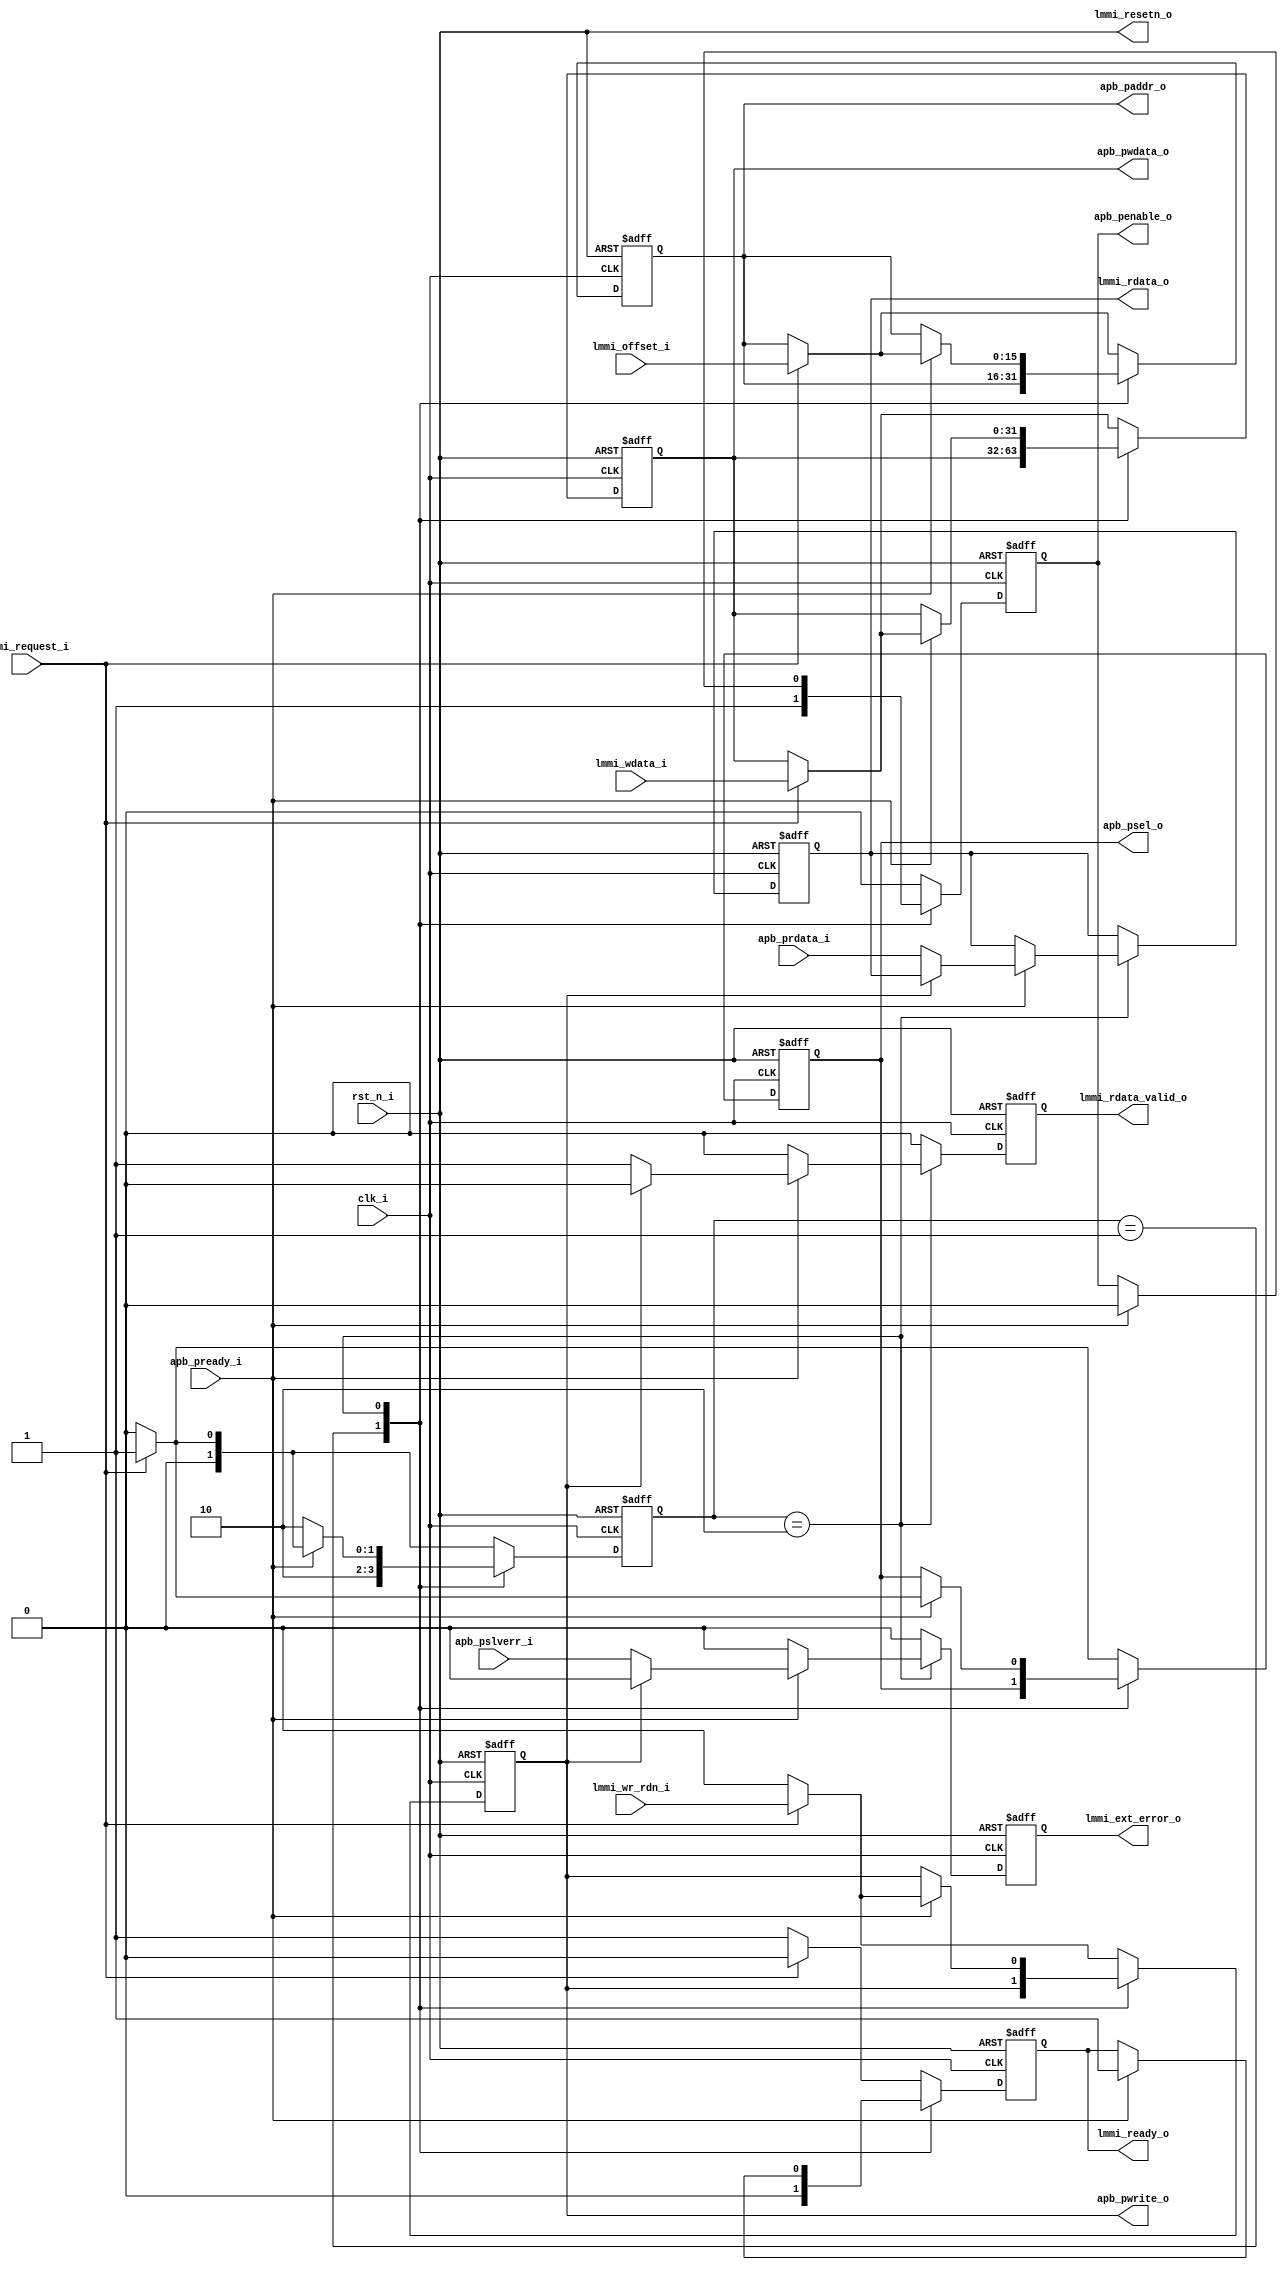
// =============================================================================
// >>>>>>>>>>>>>>>>>>>>>>>>>>>>> COPYRIGHT NOTICE <<<<<<<<<<<<<<<<<<<<<<<<<<<<<<
// -----------------------------------------------------------------------------
//   Copyright (c) 2017 by Lattice Semiconductor Corporation
//   ALL RIGHTS RESERVED
// -----------------------------------------------------------------------------
//
//   Permission:
//
//      Lattice SG Pte. Ltd. grants permission to use this code
//      pursuant to the terms of the Lattice Reference Design License Agreement.
//
//
//   Disclaimer:
//
//      This VHDL or Verilog source code is intended as a design reference
//      which illustrates how these types of functions can be implemented.
//      It is the user's responsibility to verify their design for
//      consistency and functionality through the use of formal
//      verification methods.  Lattice provides no warranty
//      regarding the use or functionality of this code.
//
// -----------------------------------------------------------------------------
//
//                  Lattice SG Pte. Ltd.
//                  101 Thomson Road, United Square #07-02
//                  Singapore 307591
//
//
//                  TEL: 1-800-Lattice (USA and Canada)
//                       +65-6631-2000 (Singapore)
//                       +1-503-268-8001 (other locations)
//
//                  web: http://www.latticesemi.com/
//
// -----------------------------------------------------------------------------
//
// =============================================================================
//                         FILE DETAILS
// Project               :
// Title                 :
// Dependencies          :
// Description           :
// =============================================================================
//                        REVISION HISTORY
// Version               : 1.0.0.
// Author(s)             : Rommel.Edillorana@latticesemi.com
// Mod. Date             : 11/9/2017 2:12:50 PM
// Changes Made          : Initial release.
// =============================================================================

`ifndef LSCC_LMMI2APB
`define LSCC_LMMI2APB
//==========================================================================
// Module : lscc_lmmi2apb
//==========================================================================
module lscc_lmmi2apb #

( //--begin_param--
//----------------------------
// Parameters
//----------------------------
parameter                     DATA_WIDTH = 32,    // Data width
parameter                     ADDR_WIDTH = 16,    // Address width
parameter                     REG_OUTPUT = 1      // enable registered output

) //--end_param--

( //--begin_ports--
//----------------------------
// Global Signals (Clock and Reset)
//----------------------------
input                         clk_i,         // clock
input                         rst_n_i,       // active low reset

//----------------------------
// LMMI-Extended Interface
//----------------------------
input                         lmmi_request_i,       // start transaction
input                         lmmi_wr_rdn_i,        // write 1, read 0
input       [ADDR_WIDTH-1:0]  lmmi_offset_i,        // address/offset
input       [DATA_WIDTH-1:0]  lmmi_wdata_i,         // write data

output reg                    lmmi_ready_o,         // slave is ready to start new transaction
output reg                    lmmi_rdata_valid_o,   // read transaction is complete
output reg                    lmmi_ext_error_o,     // error indicator
output reg  [DATA_WIDTH-1:0]  lmmi_rdata_o,         // read data

output wire                   lmmi_resetn_o,         // lmmi active low reset

//----------------------------
// APB Interface
//----------------------------
input                         apb_pready_i,         // apb ready
input                         apb_pslverr_i,        // apb slave error
input       [DATA_WIDTH-1:0]  apb_prdata_i,         // apb read data

output reg                    apb_penable_o,        // apb enable
output reg                    apb_psel_o,           // apb slave select
output reg                    apb_pwrite_o,         // apb write 1, read 0
output reg  [ADDR_WIDTH-1:0]  apb_paddr_o,          // apb address
output reg  [DATA_WIDTH-1:0]  apb_pwdata_o          // apb write data

); //--end_ports--



//--------------------------------------------------------------------------
//--- Local Parameters/Defines ---
//--------------------------------------------------------------------------
localparam                    ST_BUS_IDLE = 2'd0;
localparam                    ST_BUS_REQ  = 2'd1;
localparam                    ST_BUS_DAT  = 2'd2;

//--------------------------------------------------------------------------
//--- Combinational Wire/Reg ---
//--------------------------------------------------------------------------

//--------------------------------------------------------------------------
//--- Registers ---
//--------------------------------------------------------------------------

assign lmmi_resetn_o   =  rst_n_i;

generate
  if(REG_OUTPUT) begin : reg_out
    reg         [1:0]             bus_sm_ns;
    reg         [1:0]             bus_sm_cs;

    reg                           lmmi_ready_nxt      ;
    reg                           lmmi_rdata_valid_nxt;
    reg                           lmmi_error_nxt      ;
    reg         [DATA_WIDTH-1:0]  lmmi_rdata_nxt      ;
    reg                           apb_penable_nxt     ;
    reg                           apb_psel_nxt        ;
    reg                           apb_pwrite_nxt      ;
    reg         [ADDR_WIDTH-1:0]  apb_paddr_nxt       ;
    reg         [DATA_WIDTH-1:0]  apb_pwdata_nxt      ;
    //--------------------------------------------
    //-- Bus Statemachine --
    //--------------------------------------------
    always @* begin
      bus_sm_ns = bus_sm_cs;
      case(bus_sm_cs)
        ST_BUS_REQ : begin
          bus_sm_ns     = ST_BUS_DAT;
        end
        ST_BUS_DAT : begin
          if(apb_pready_i) begin
            if(lmmi_request_i)
              bus_sm_ns = ST_BUS_REQ;
            else
              bus_sm_ns = ST_BUS_IDLE;
          end
          else begin
            bus_sm_ns   = ST_BUS_DAT;
          end
        end
        default : begin
          if(lmmi_request_i)
            bus_sm_ns   = ST_BUS_REQ;
          else
            bus_sm_ns   = ST_BUS_IDLE;
        end
      endcase
    end //--always @*--

    //--------------------------------------------
    //-- LMMI to APB conversion --
    //--------------------------------------------
    always @* begin
      lmmi_ready_nxt       = lmmi_ready_o      ;
      lmmi_rdata_valid_nxt = 1'b0              ;
      lmmi_rdata_nxt       = lmmi_rdata_o      ;
      lmmi_error_nxt       = 1'b0              ;
      apb_penable_nxt      = apb_penable_o     ;
      apb_psel_nxt         = apb_psel_o        ;
      apb_pwrite_nxt       = apb_pwrite_o      ;
      apb_paddr_nxt        = apb_paddr_o       ;
      apb_pwdata_nxt       = apb_pwdata_o      ;
      case(bus_sm_cs)
        ST_BUS_REQ : begin
          lmmi_ready_nxt       = 1'b0;
          apb_penable_nxt      = 1'b1;
        end
        ST_BUS_DAT : begin
          if(apb_pready_i) begin
            apb_psel_nxt       = 1'b0;
            apb_penable_nxt    = 1'b0;
            apb_pwrite_nxt     = 1'b0;
            lmmi_ready_nxt     = 1'b1;

            if(~apb_pwrite_o) begin
              lmmi_rdata_valid_nxt = 1'b1;
              lmmi_rdata_nxt       = apb_prdata_i;
              lmmi_error_nxt       = apb_pslverr_i;
            end

            if(lmmi_request_i) begin
              apb_psel_nxt    = 1'b1;
              apb_pwrite_nxt  = lmmi_wr_rdn_i;
              apb_pwdata_nxt  = lmmi_wdata_i;
              apb_paddr_nxt   = lmmi_offset_i;
            end
          end
        end
        default : begin
          lmmi_ready_nxt    = 1'b1;
          if(lmmi_request_i) begin
            apb_psel_nxt    = 1'b1;
            apb_penable_nxt = 1'b0;
            apb_pwrite_nxt  = lmmi_wr_rdn_i;
            apb_pwdata_nxt  = lmmi_wdata_i;
            apb_paddr_nxt   = lmmi_offset_i;
            lmmi_ready_nxt  = 1'b0;
          end
          else begin
            apb_psel_nxt    = 1'b0;
            apb_penable_nxt = 1'b0;
            apb_pwrite_nxt  = 1'b0;
          end
        end
      endcase
    end //--always @*--

    //--------------------------------------------
    //-- Sequential block --
    //--------------------------------------------
    always @(posedge clk_i or negedge rst_n_i) begin
      if(~rst_n_i) begin
        bus_sm_cs <= ST_BUS_IDLE;
        /*AUTORESET*/
        // Beginning of autoreset for uninitialized flops
        apb_paddr_o        <= {ADDR_WIDTH{1'b0}};
        apb_penable_o      <= 1'b0;
        apb_psel_o         <= 1'b0;
        apb_pwdata_o       <= {DATA_WIDTH{1'b0}};
        apb_pwrite_o       <= 1'b0;
        lmmi_ext_error_o   <= 1'b0;
        lmmi_rdata_o       <= {DATA_WIDTH{1'b0}};
        lmmi_rdata_valid_o <= 1'b0;
        lmmi_ready_o       <= 1'b0;
        // End of automatics
      end
      else begin
        bus_sm_cs          <= bus_sm_ns;
        lmmi_ready_o       <= lmmi_ready_nxt      ;
        lmmi_rdata_valid_o <= lmmi_rdata_valid_nxt;
        lmmi_rdata_o       <= lmmi_rdata_nxt      ;
        lmmi_ext_error_o   <= lmmi_error_nxt      ;
        apb_penable_o      <= apb_penable_nxt     ;
        apb_psel_o         <= apb_psel_nxt        ;
        apb_pwrite_o       <= apb_pwrite_nxt      ;
        apb_paddr_o        <= apb_paddr_nxt       ;
        apb_pwdata_o       <= apb_pwdata_nxt      ;
      end
    end //--always @(posedge clk_i or negedge rst_n_i)--
  end // REG_OUTPUT == 1

  else begin : no_reg // REG_OUTPUT == 0
    reg                           lmmi_ready_nxt;
    reg                           lmmi_rdy_tmp_nxt;
    reg                           apb_penable_nxt;

    reg                           reg_apb_psel  ;
    reg                           reg_apb_pwrite;
    reg         [ADDR_WIDTH-1:0]  reg_apb_paddr ;
    reg         [DATA_WIDTH-1:0]  reg_apb_pwdata;
    reg         [DATA_WIDTH-1:0]  reg_lmmi_rdata;
    reg                           lmmi_rdy_tmp;

    //--------------------------------------------
    //-- LMMI ready --
    //--------------------------------------------
    always @* begin
      lmmi_ready_nxt = 1'b0;
      if(lmmi_rdy_tmp) begin
        if(apb_pready_i & apb_psel_o) begin
          lmmi_rdy_tmp_nxt = 1'b0;
        end
        else begin
          lmmi_rdy_tmp_nxt = 1'b1;
        end
      end
      else begin
        if(lmmi_request_i) begin
          lmmi_rdy_tmp_nxt = 1'b1;
          lmmi_ready_nxt   = lmmi_request_i;
        end
        else begin
          lmmi_rdy_tmp_nxt = 1'b0;
        end
      end
    end //--always @*--

    //--------------------------------------------
    //-- store new request --
    //--------------------------------------------
    always @* begin
      if(lmmi_rdy_tmp) begin
        apb_psel_o   = reg_apb_psel;
        apb_paddr_o  = reg_apb_paddr;
        apb_pwrite_o = reg_apb_pwrite;
        apb_pwdata_o = reg_apb_pwdata;
      end
      else begin
        apb_psel_o   = lmmi_request_i;
        apb_paddr_o  = lmmi_offset_i;
        apb_pwrite_o = lmmi_wr_rdn_i;
        apb_pwdata_o = lmmi_wdata_i;
      end
    end //--always @*--

    //--------------------------------------------
    //-- APB enable --
    //--------------------------------------------
    always @* begin
      apb_penable_nxt = (~apb_penable_o &  (apb_psel_o             )) |
                        ( apb_penable_o & ~(apb_pready_i & apb_psel_o));
    end //--always @*--

    //--------------------------------------------
    //-- LMMI read data valid --
    //--------------------------------------------
    always @* begin
      lmmi_rdata_valid_o = apb_penable_o & apb_pready_i & ~apb_pwrite_o;
    end //--always @*--

    //--------------------------------------------
    //-- LMMI read data --
    //--------------------------------------------
    always @* begin
      lmmi_rdata_o     = (lmmi_rdata_valid_o)? apb_prdata_i : reg_lmmi_rdata;
      lmmi_ext_error_o = (lmmi_rdata_valid_o)? apb_pslverr_i : 1'b0;
    end //--always @*--

    //--------------------------------------------
    //-- Sequential block --
    //--------------------------------------------
    always @(posedge clk_i or negedge rst_n_i) begin
      if(~rst_n_i) begin
        /*AUTORESET*/
        // Beginning of autoreset for uninitialized flops
        apb_penable_o  <= 1'b0;
        lmmi_rdy_tmp   <= 1'b0;
        lmmi_ready_o   <= 1'b0;
        reg_apb_paddr  <= {ADDR_WIDTH{1'b0}};
        reg_apb_psel   <= 1'b0;
        reg_apb_pwdata <= {DATA_WIDTH{1'b0}};
        reg_apb_pwrite <= 1'b0;
        reg_lmmi_rdata <= {DATA_WIDTH{1'b0}};
        // End of automatics
      end
      else begin
        apb_penable_o  <= apb_penable_nxt;
        reg_apb_psel   <= apb_psel_o;
        reg_apb_paddr  <= apb_paddr_o;
        reg_apb_pwrite <= apb_pwrite_o;
        reg_apb_pwdata <= apb_pwdata_o;
        lmmi_rdy_tmp   <= lmmi_rdy_tmp_nxt;
        lmmi_ready_o   <= lmmi_ready_nxt;
        reg_lmmi_rdata <= lmmi_rdata_o;
      end
    end //--always @(posedge clk_i or negedge rst_n_i)--
  end // REG_OUTPUT == 0
endgenerate

//--------------------------------------------------------------------------
//--- Module Instantiation ---
//--------------------------------------------------------------------------



endmodule //--lscc_lmmi2apb--
`endif